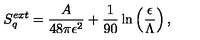
S _ { q } ^ { e x t } = { \frac { A } { 4 8 \pi \epsilon ^ { 2 } } } + { \frac { 1 } { 9 0 } } \ln \left( \frac { \epsilon } { \Lambda } \right) ,